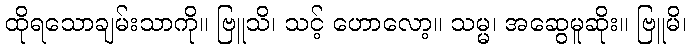
ထိုရသောချမ်းသာကို။ ဗြူသိ၊ သင့် ဟောလော့။ သမ္မ၊ အဆွေမူဆိုး။ ဗြူမိ၊